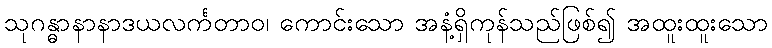
သုဂန္ဓာနာနာဒယလင်္ကတာဝ၊ ကောင်းသော အနံ့ရှိကုန်သည်ဖြစ်၍ အထူးထူးသော